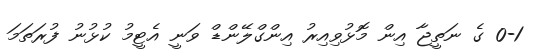
0-1 ގެ ނަތީޖާ އިން މޮޅުވިއިރު އިންގްލޭންޑް ވަނީ އެޓީމު ކުޅުނު ފުރަތަމަ